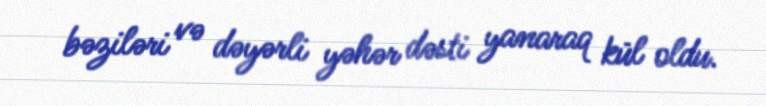
bəziləri və dəyərli yəhər dəsti yanaraq kül oldu.